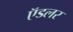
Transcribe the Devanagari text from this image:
ऍडलर